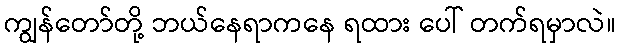
ကျွန်တော်တို့ ဘယ်နေရာကနေ ရထား ပေါ် တက်ရမှာလဲ။